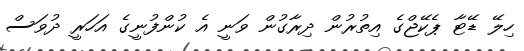
ހިލޭ ޑޭޓާ ޕެކޭޖްގެ އިތުރުން ދިރާގުން ވަނީ އެ ކުންފުނީގެ އަހަރީ ދުވަސް